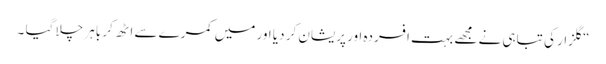
“ گلزار کی تباہی نے مجھے بہت افسردہ اور پریشان کر دیا اور میں کمرے سے اٹھ کر باہر چلا گیا ۔